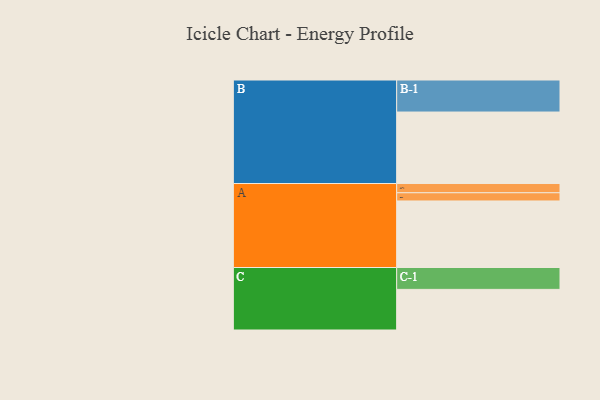
{"axis": {"x": "Segment", "y": "Value"}, "legend": ["", "A", "B", "C"], "data": [{"x": "A", "y": 511, "type": ""}, {"x": "B", "y": 549, "type": ""}, {"x": "C", "y": 312, "type": ""}, {"x": "A-1", "y": 71, "type": "A"}, {"x": "A-2", "y": 63, "type": "A"}, {"x": "B-1", "y": 246, "type": "B"}, {"x": "C-1", "y": 168, "type": "C"}]}